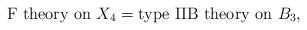
LaTeX: \begin{align*}\mbox{F theory on } X_{4}=\mbox{type IIB theory on } B_{3},\end{align*}